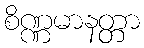
စိဏ္ဏမာနတ္တာ